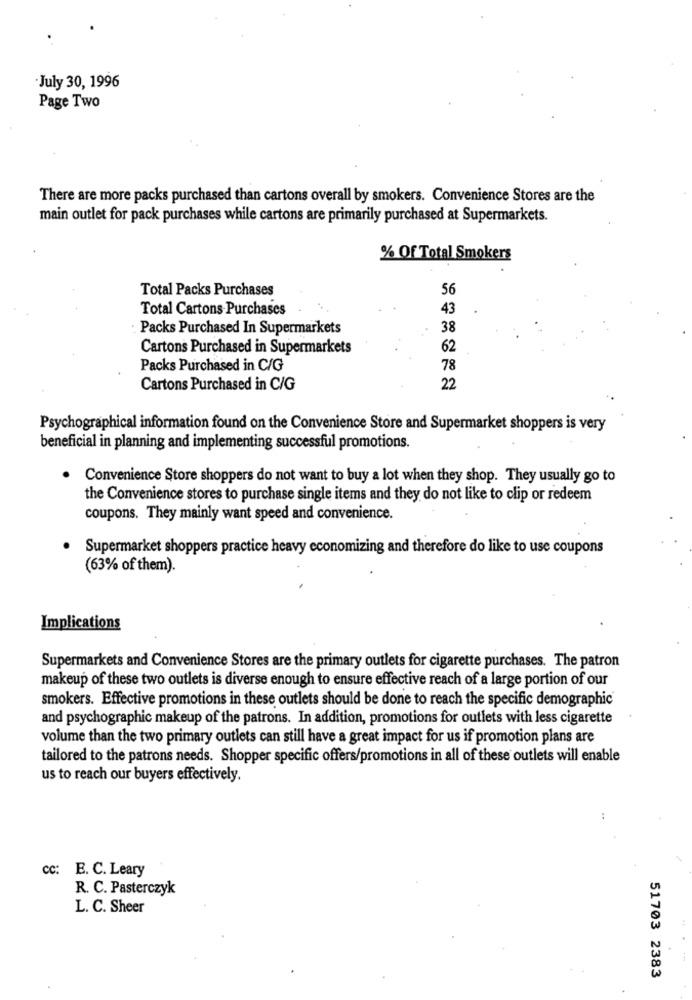
July 30, 1996
Page Two
There are more packs purchased than cartons overall by smokers. Convenience Stores are the
main outlet for pack purchases while cartons are primarily purchased at Supermarkets.
% Of Total Smokers
Total Packs Purchases
56
Total Cartons Purchases
43
Packs Purchased In Supermarkets
38
Cartons Purchased in Supermarkets
62
Packs Purchased in C/G
78
Cartons Purchased in C/G
22
Psychographical information found on the Convenience Store and Supermarket shoppers is very
beneficial in planning and implementing successful promotions.
Convenience Store shoppers do not want to buy a lot when they shop. They usually go to
the Convenience stores to purchase single items and they do not like to clip or redeem
coupons. They mainly want speed and convenience.
Supermarket shoppers practice heavy economizing and therefore do like to use coupons
(63% of them).
Implications
Supermarkets and Convenience Stores are the primary outlets for cigarette purchases. The patron
makeup of these two outlets is diverse enough to ensure effective reach of a large portion of our
smokers. Effective promotions in these outlets should be done to reach the specific demographic
and psychographic makeup of the patrons. In addition, promotions for outlets with less cigarette
volume than the two primary outlets can still have a great impact for us if promotion plans are
tailored to the patrons needs. Shopper specific offers/promotions in all of these outlets will enable
us to reach our buyers effectively.
cc: E. C. Leary
R. C. Pasterczyk
L. C. Sheer
51703 2383
.